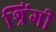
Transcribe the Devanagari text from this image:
श्रिंगी